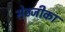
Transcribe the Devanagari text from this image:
सेठजीका